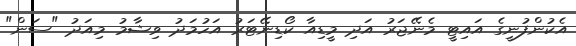
އެކުންފުނީގެ އައިޓީ މެނޭޖަރު އަދި މީޑިއާ ކޯޑިނޭޓަރު އަހުމަދު ވިޝާމު މިއަދު "ސަން"